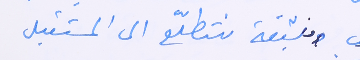
ومنبثقة نتطلّع الى المستقبل